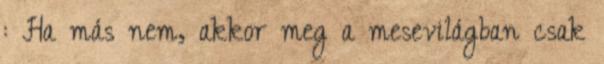
: Ha más nem, akkor meg a mesevilágban csak